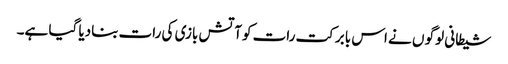
شیطانی لوگو ں نے اس بابرکت رات کوآتش بازی کی رات بنادیا گیا ہے۔